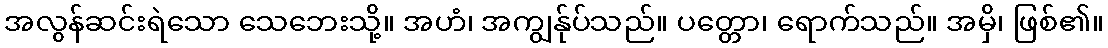
အလွန်ဆင်းရဲသော သေဘေးသို့။ အဟံ၊ အကျွန်ုပ်သည်။ ပတ္တော၊ ရောက်သည်။ အမှိ၊ ဖြစ်၏။